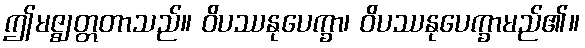
ဤမဇ္ဈတ္တတာသည်။ ဝိပဿနုပေက္ခာ၊ ဝိပဿနုပေက္ခာမည်၏။